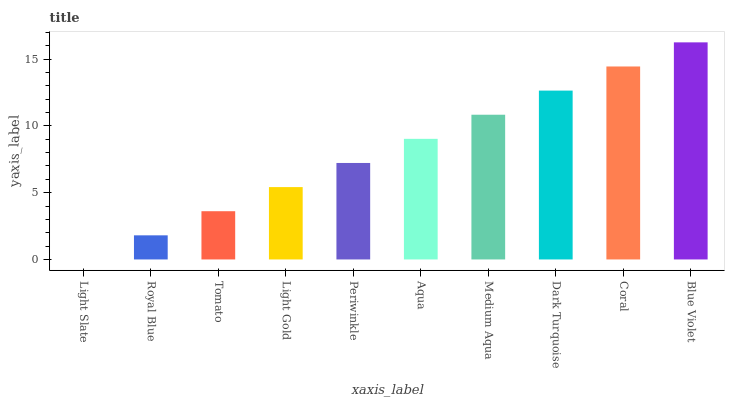
| xaxis_label | bars |
 | --- | --- |
 | Light Slate | 0 |
 | Royal Blue | 1.81 |
 | Tomato | 3.61 |
 | Light Gold | 5.42 |
 | Periwinkle | 7.23 |
 | Aqua | 9.03 |
 | Medium Aqua | 10.8 |
 | Dark Turquoise | 12.6 |
 | Coral | 14.5 |
 | Blue Violet | 16.3 |